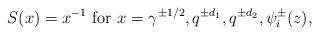
LaTeX: \begin{align*} S(x)=x^{-1}\ \mathrm{for}\ x=\gamma^{\pm 1/2}, q^{\pm d_1}, q^{\pm d_2},\psi^\pm_i(z),\end{align*}